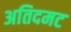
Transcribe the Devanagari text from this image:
अतिदमट